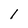
Character: 1